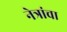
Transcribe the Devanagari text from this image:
नेत्रांचा